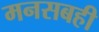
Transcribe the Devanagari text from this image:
मनसबही